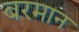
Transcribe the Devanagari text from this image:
बरमान